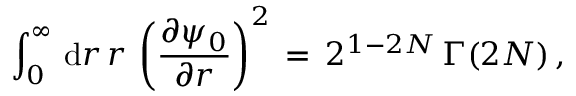
\begin{array} { l } { \displaystyle { \displaystyle \int _ { 0 } ^ { \infty } \, \mathrm { d } r \, r \, \left( \frac { \partial \psi _ { 0 } } { \partial r } \right) ^ { 2 } } \, = \, 2 ^ { 1 - 2 N } \, \Gamma ( 2 N ) \, , } \end{array}